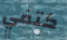
كتفي